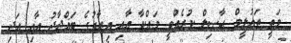
މަތީ ތަޢުލީމް ޙާޞިލް ކުރެއްވީ މައްކާ އާއި ޢިރާގުގެ ބަޣްދާދު އާއި އަދި